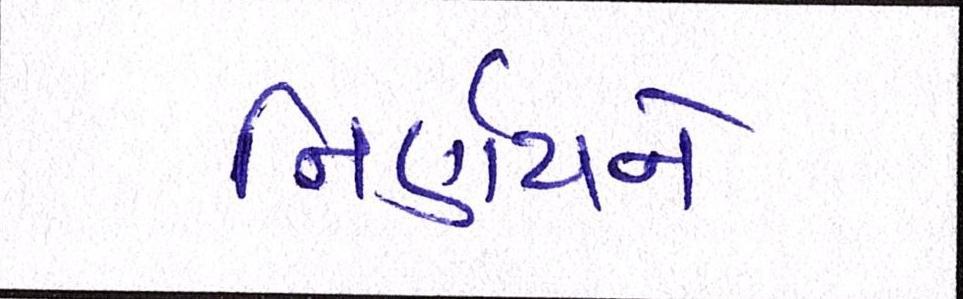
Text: નિર્ણયને